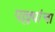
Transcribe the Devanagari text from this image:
पल्ल्यांचा